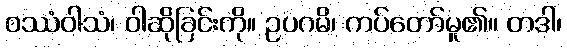
ဝဿံဝါသံ၊ ဝါဆိုခြင်းကို။ ဥပဂမိ၊ ကပ်တော်မူ၏။ တဒါ၊